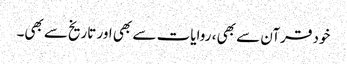
خود قرآن سے بھی ، روایات سے بھی اور تاریخ‌سے بھی۔